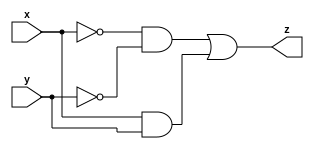
module comparator(
    input x,
    input y,
    output z
    );
 
assign z = (~x & ~y) |(x & y);
 
endmodule